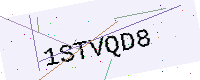
Text: 1STVQD8